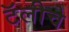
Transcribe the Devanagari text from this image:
टॅलीचे